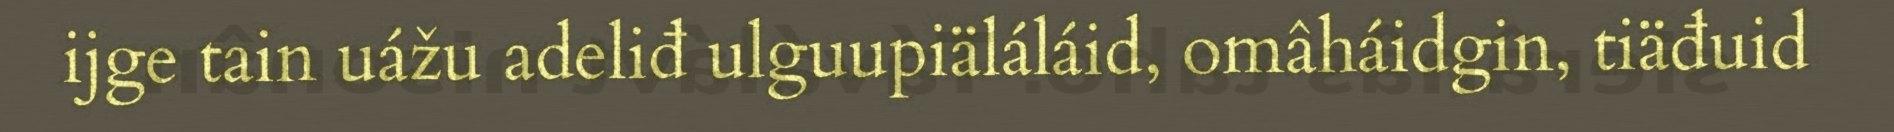
ijge tain uážu adeliđ ulguupiäláláid, omâháidgin, tiäđuid